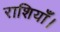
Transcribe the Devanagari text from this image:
राशियाँ।